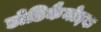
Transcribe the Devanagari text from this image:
डोडिकैनोइक